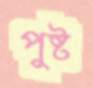
পুষ্ট